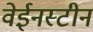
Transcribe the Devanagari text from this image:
वेईनस्टीन